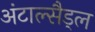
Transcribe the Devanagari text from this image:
अंटाल्सैड्ल